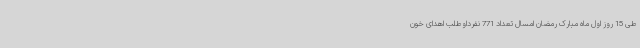
طی 15 روز اول ماه مبارک رمضان امسال تعداد 771 نفرداوطلب اهدای خون